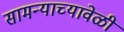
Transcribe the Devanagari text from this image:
सामन्याच्यावेळी